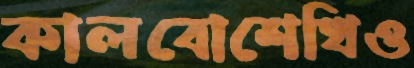
কালবোশেখিও